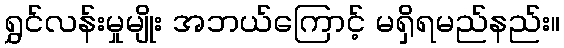
ရွှင်လန်းမှုမျိုး အဘယ်ကြောင့် မရှိရမည်နည်း။